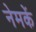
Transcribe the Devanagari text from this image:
नेमकें